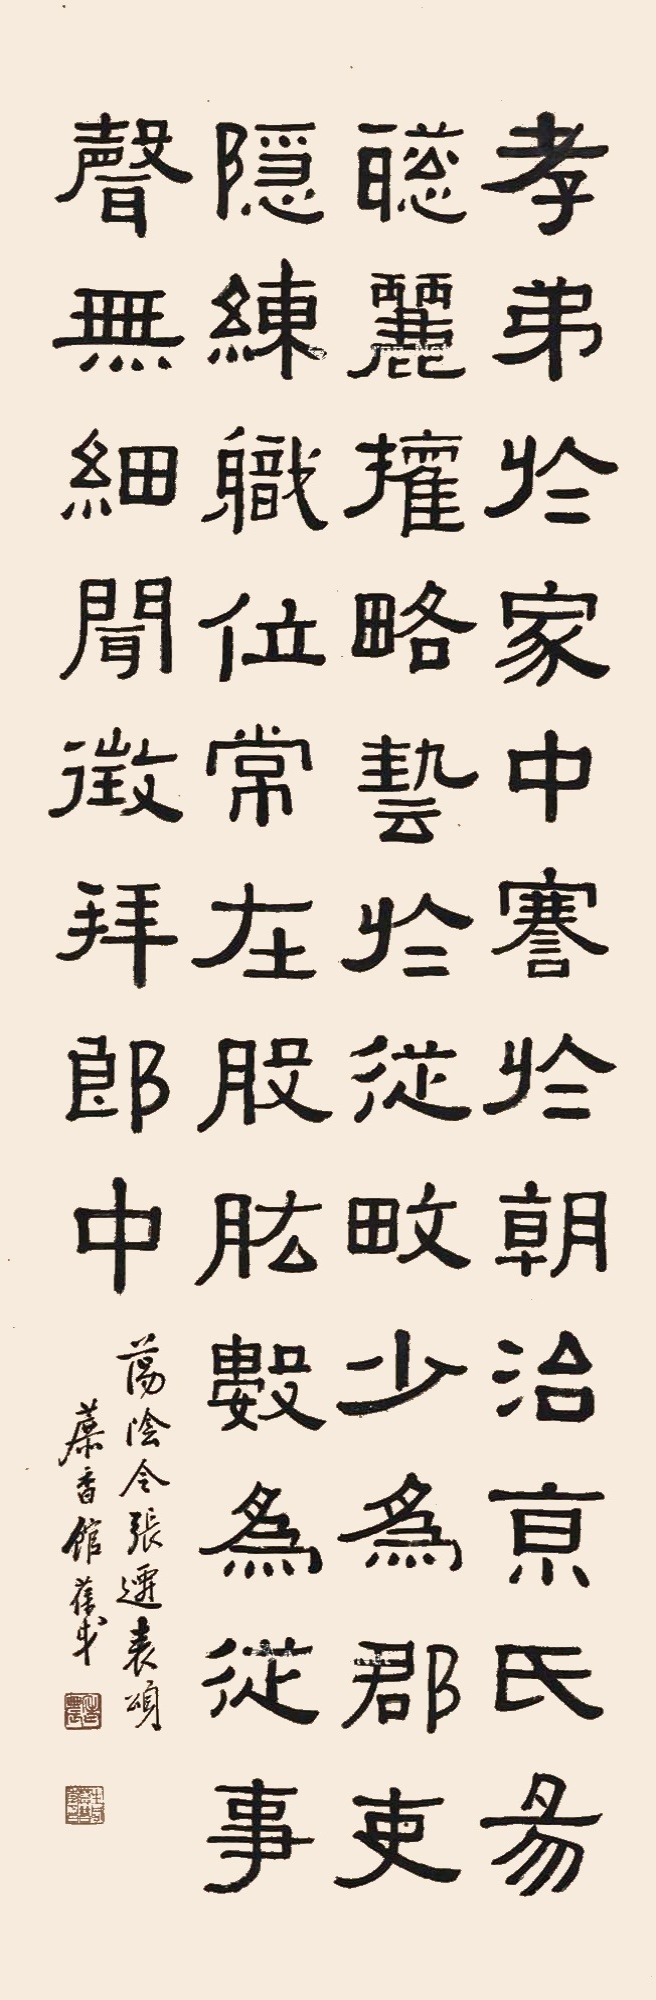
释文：孝弟于家，中謇于朝。治京氏易，聪丽权略，艺于从畋。少为郡吏，隐练职位，常在股肱。数为从事，声无细闻。征拜郎中。荡阴令张迁表颂，蔗香馆葆戉。